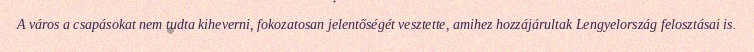
A város a csapásokat nem tudta kiheverni, fokozatosan jelentőségét vesztette, amihez hozzájárultak Lengyelország felosztásai is.